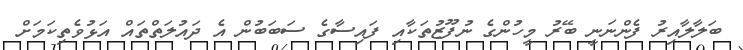
ބަލާލާއިރު ފެންނަނީ ބޭރު މީހުންގެ ނުފޫޒުތަކާއި ފައިސާގެ ސަބަބުން އެ ދައުލަތްތައް އަޅުވެތިކަމަށް